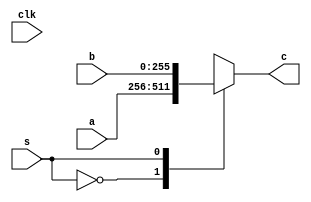
module mux1(c,a,b,s,clk);
  input [255:0]a,b;
  
  input s;
  input clk;
  output reg [255:0]c;
  always @(s)
  begin 
   
  case(s)
    1'b0:c=a;
    1'b1:c=b;
    default :c=256'b0;
  endcase
  end
endmodule